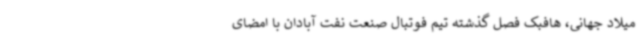
میلاد جهانی، هافبک فصل گذشته تیم فوتبال صنعت نفت آبادان با امضای